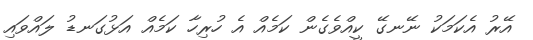
އޭރު އެކަމަކު ނޭނގޭ ކީއްވެގެން ކަމެއް އެ ހުރިހާ ކަމެއް އަޅުގަނޑު ލައްވައި